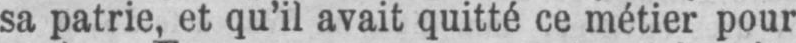
sa patrie, et qu’il avait quitté ce métier pour